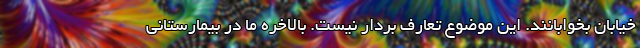
خیابان بخوابانند. این موضوع تعارف بردار نیست. بالاخره ما در بیمارستانی